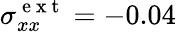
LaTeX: \sigma_{xx}^{\mathrm{~e~x~t~}}=-0.04